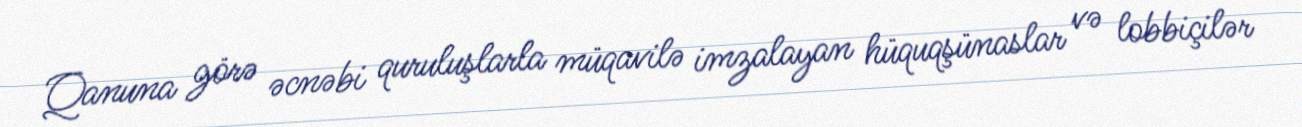
Qanuna görə əcnəbi quruluşlarla müqavilə imzalayan hüquqşünaslar və lobbiçilər